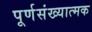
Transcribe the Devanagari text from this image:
पूर्णसंख्यात्मक